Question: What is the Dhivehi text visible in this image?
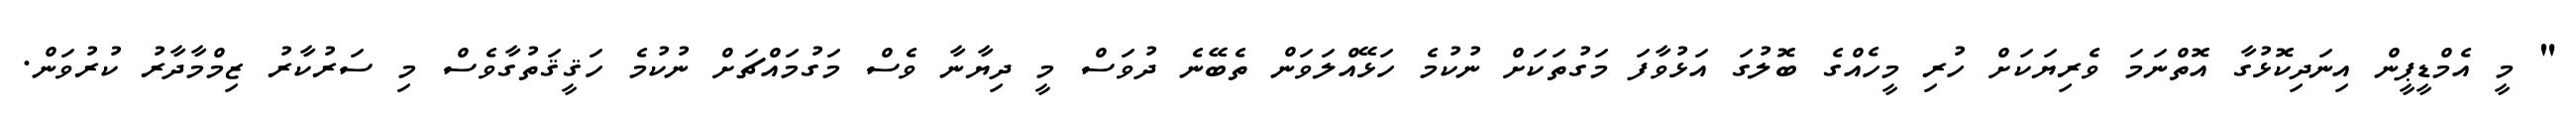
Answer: " މީ އެމްޑީޕީން އިނަދިކޮޅުގާ އޮތްނަމަ ވެރިޔަކަށް ހުރި މީހެއްގެ ބޮލުގަ އަޅުވާފަ މަގުތަކަށް ނުކުމެ ހަޅޭއްލަވަން ތެބޭނެ ދުވަސް މީ ދިޔާނާ ވެސް މަގުމައްޗަށް ނުކުމެ ހަޤީޤަތުގާވެސް މި ސަރުކާރު ޒިމްމާދާރު ކުރުވަން.